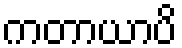
ကတာယာပိ